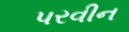
પરવીન